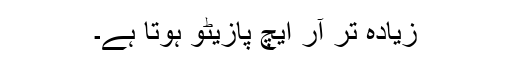
زیادہ تر آر ایچ پازیٹو ہوتا ہے۔